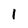
Character: 1